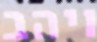
ויהב